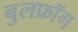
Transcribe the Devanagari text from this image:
बुलफ्रॉग